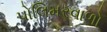
પોલિમરવાળો